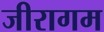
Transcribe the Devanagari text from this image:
जीरागम